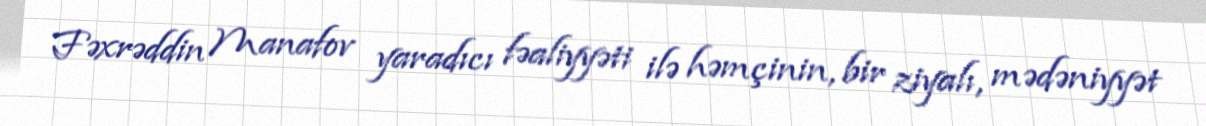
Fəxrəddin Manafov yaradıcı fəaliyyəti ilə həmçinin, bir ziyalı, mədəniyyət